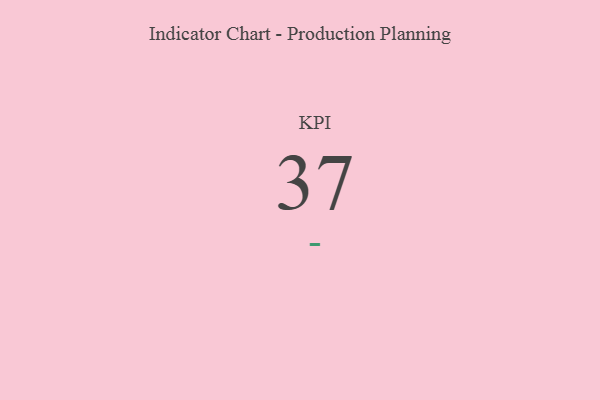
{"axis": {"x": "KPI", "y": "Value"}, "legend": [""], "data": [{"x": "KPI", "y": 37, "type": ""}]}